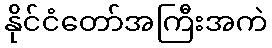
နိုင်ငံတော်အကြီးအကဲ